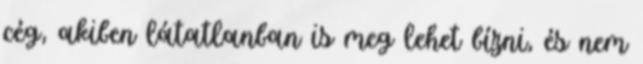
cég, akiben látatlanban is meg lehet bízni, és nem